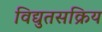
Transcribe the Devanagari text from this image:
विद्युतसक्रिय